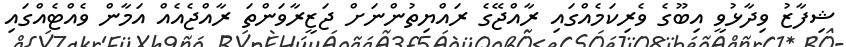
ޝިފާޒު ވިދާޅުވީ އިބޫގެ ވެރިކަމެއްގައި ރާއްޖޭގެ ރައްޔިތުންނަށް ޖަޒީރާވަންތަ ރާއްޖެއެއް އަމާން ވެއްޓެއްގައި